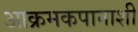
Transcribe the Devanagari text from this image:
आक्रमकपानाशी